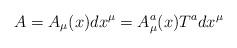
LaTeX: \begin{align*}A =A_{\mu}(x)dx^{\mu} =A^{a}_{\mu}(x)T^{a}dx^{\mu}\end{align*}